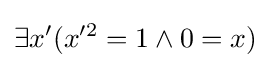
\exists x'(x'^{2}=1\land 0=x)